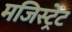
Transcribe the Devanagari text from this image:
मजिस्ट्रेंट